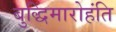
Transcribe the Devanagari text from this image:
बुद्धिमारोहंति